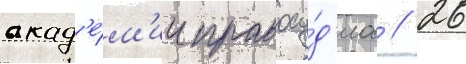
акад'е́м'ии правосу́д'иа // 26